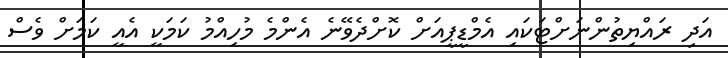
އަދި ރައްޔިތުންނަށްޓަކައި އެމްޑީޕީއަށް ކޮށްދެވޭނެ އެންމެ މުހިއްމު ކަމަކީ އެއީ ކަމަށް ވެސް